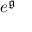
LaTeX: e ^ { \mathfrak { g } }